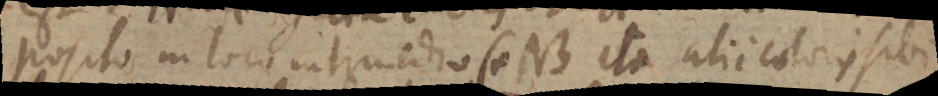
posito in loco intermedio (+ NB ita alii colores sibi